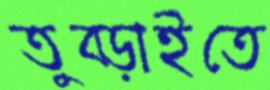
তুব্‌ড়াইতে